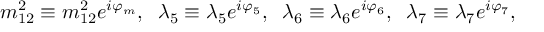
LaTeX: m _ { 1 2 } ^ { 2 } \equiv m _ { 1 2 } ^ { 2 } e ^ { i \varphi _ { m } } , \; \; \lambda _ { 5 } \equiv \lambda _ { 5 } e ^ { i \varphi _ { 5 } } , \; \; \lambda _ { 6 } \equiv \lambda _ { 6 } e ^ { i \varphi _ { 6 } } , \; \; \lambda _ { 7 } \equiv \lambda _ { 7 } e ^ { i \varphi _ { 7 } } ,